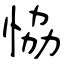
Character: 恊